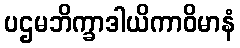
ပဌမဘိက္ခာဒါယိကာဝိမာနံ